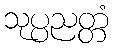
သုပ္ပညတ္တံ